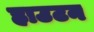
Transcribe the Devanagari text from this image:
हाउटन